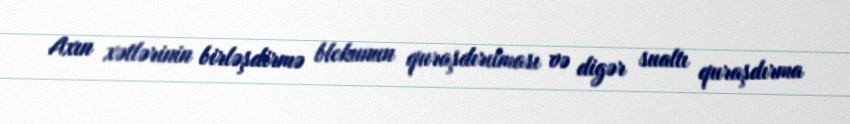
Axın xətlərinin birləşdirmə blokunun quraşdırılması və digər sualtı quraşdırma